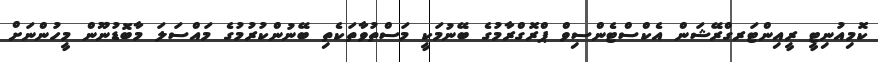
ކޮމިއުނިޓީ ރީއިންޓަރގްރޭޝަން އެކްސްޓެންސިވް ޕްރޮގްރާމުގެ ބޭނުމަކީ މަސްތުވާތަކެތި ބޭނުންކުރުމުގެ މައްސަލަ މާބޮޑުނޫން މީހުންނަށް